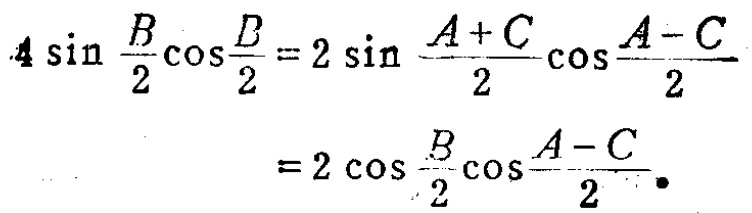
\[
\begin{align*}
4\sin\frac{B}{2}\cos\frac{D}{2}&=2\sin\frac{A + C}{2}\cos\frac{A - C}{2}\\
&=2\cos\frac{B}{2}\cos\frac{A - C}{2}
\end{align*}
\]